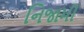
નિજામી